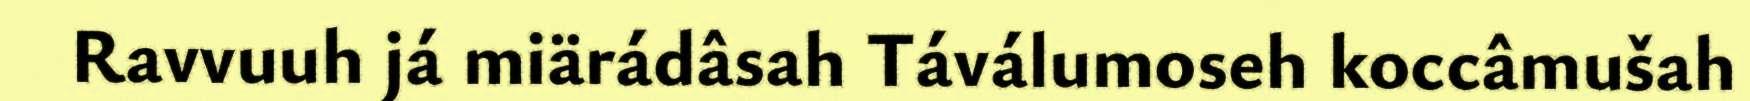
Ravvuuh já miärádâsah Táválumoseh koccâmušah